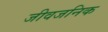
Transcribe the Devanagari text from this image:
जीवजनिक